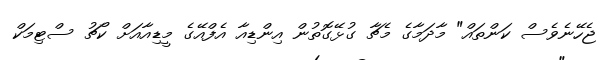
ޖެހޭނެވެސް ކަންތައް" މާދަމާގެ މެޗާ ގުޅޭގޮތުން އިންޑިއާ އެފްއޭގެ މީޑިއާއަށް ކޯޗު ސްޓިމަކް